Annual report of the Bengal Veterinary College, and of the Civil Veterinary Department, Bengal, for the year 1901-1902 - 1901-1902
Year: 1901
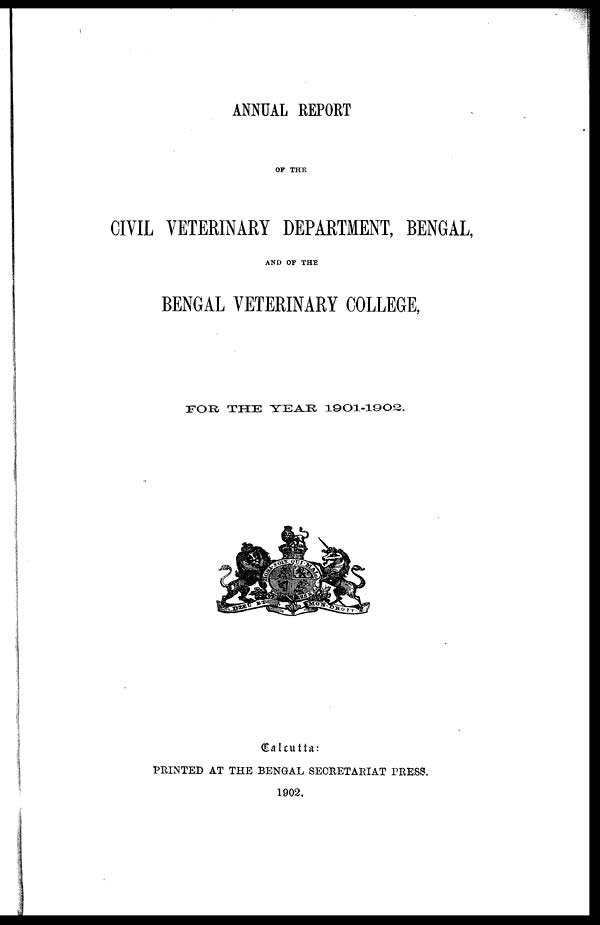
ANNUAL REPORT
OF THE
CIVIL VETERINARY DEPARTMENT, BENGAL,
AND OF THE
BENGAL VETERINARY COLLEGE,
FOR THE TEAR 1901-1902.
Calcutta:
PRINTED AT THE BENGAL SECRETARIAT PRESS.
1902.